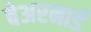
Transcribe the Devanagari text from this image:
बेअरनार्ड